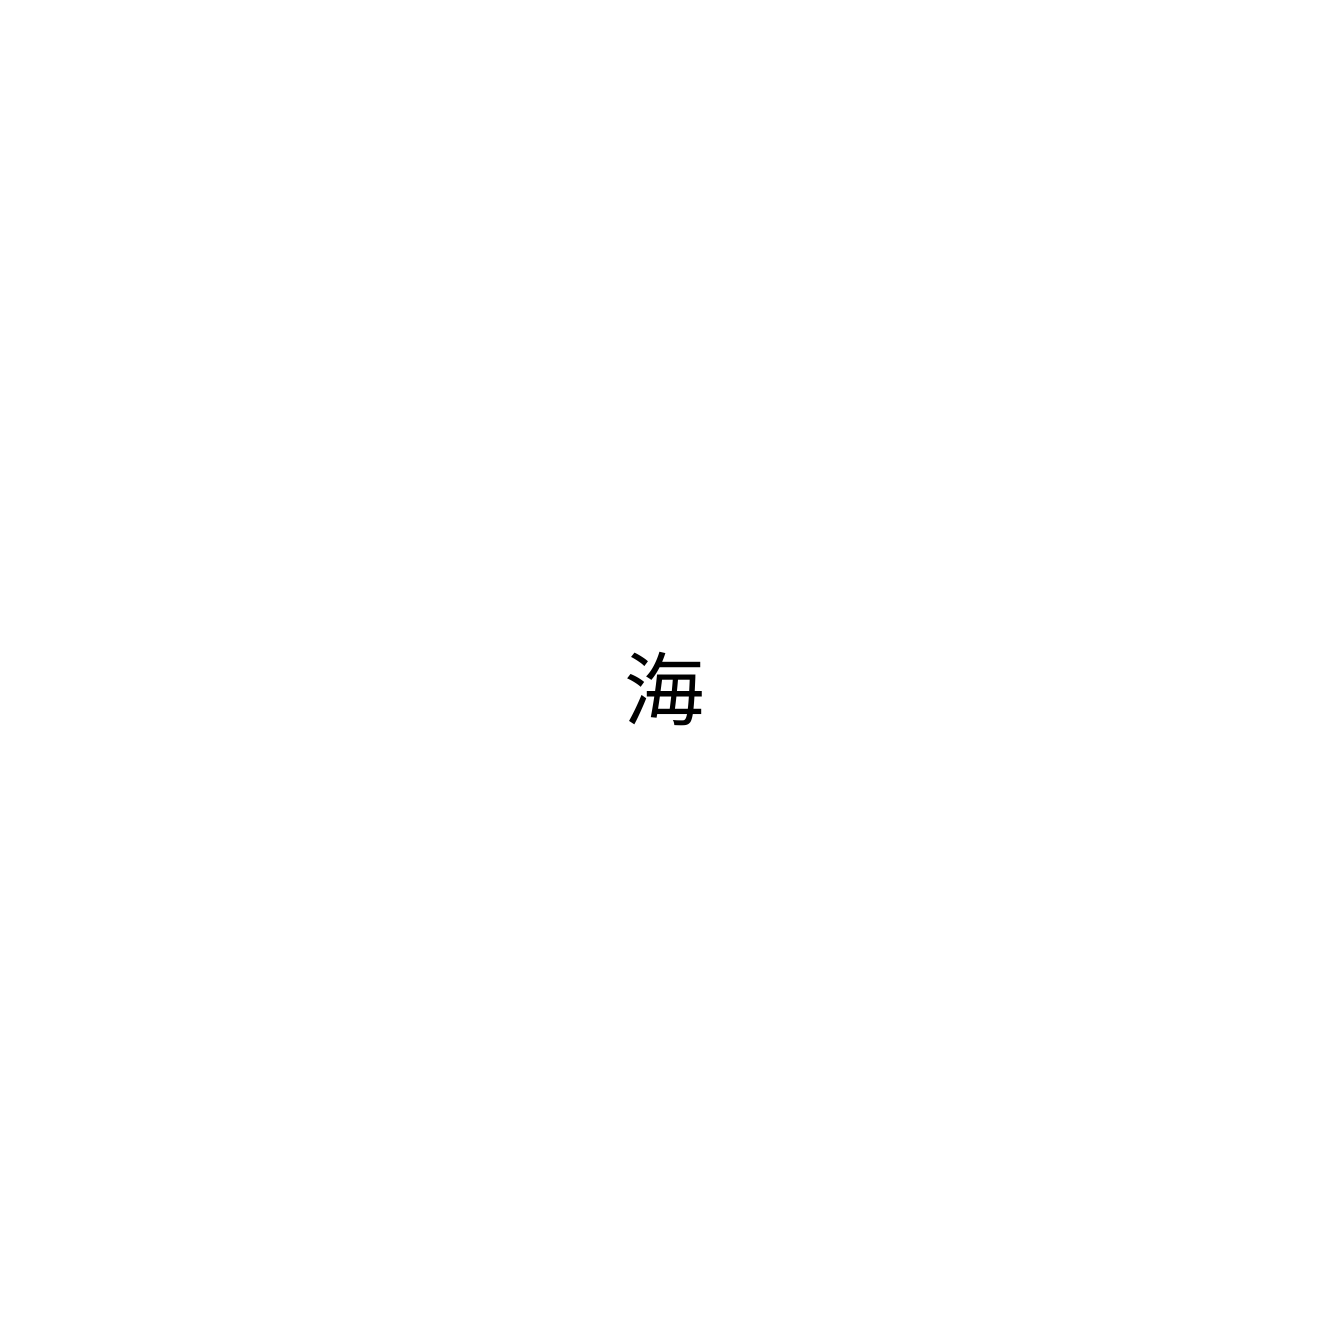
海